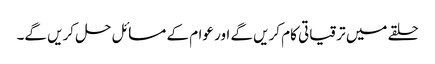
حلقے میں ترقیاتی کام کریں گے اور عوام کے مسائل حل کریں گے۔